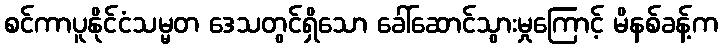
စင်ကာပူနိုင်ငံသမ္မတ ဒေသတွင်ရှိသော ခေါ်ဆောင်သွားမှုကြောင့် မိနစ်ခန့်က